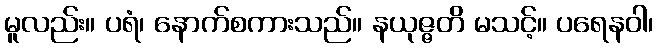
မူလည်း။ ပရံ၊ နောက်စကားသည်။ နယုဇ္ဇတိ မသင့်။ ပရေနဝါ၊